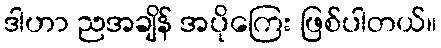
ဒါဟာ ညအချိန် အပိုကြေး ဖြစ်ပါတယ်။